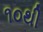
૧૦થી